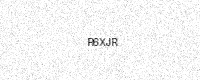
Text: R6XJR